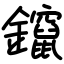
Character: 鑹